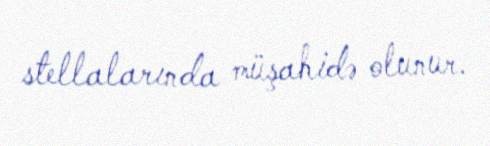
stellalarında müşahidə olunur.